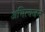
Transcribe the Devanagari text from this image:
अभित्यजन